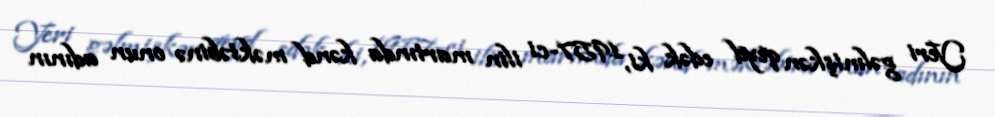
Yeri gəlmişkən qeyd edək ki, 1957-ci ilin martında kənd məktəbinə onun adının